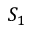
S _ { 1 }